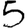
Digit: 5